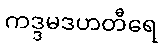
ကဒ္ဒမဒဟတီရေ